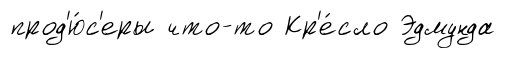
прод'ю́с'еры что-то Кр'е́сло Эдмунда